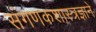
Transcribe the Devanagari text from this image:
संगणकशास्त्रज्ञाने